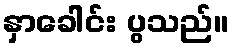
နှာခေါင်း ပွသည်။